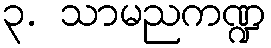
၃. သာမညကဏ္ဍ